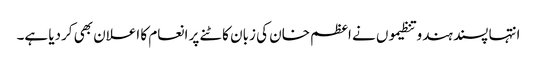
انتہا پسند ہندو تنظیموں نے اعظم خان کی زبان کاٹنے پر انعام کا اعلان بھی کردیا ہے۔